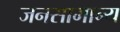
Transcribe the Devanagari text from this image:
जनसामान्‍य